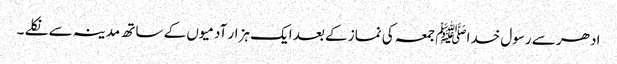
ادھر سے رسول خداﷺ جمعہ کی نماز کے بعد ایک ہزار آدمیوں کے ساتھ مدینہ سے نکلے ۔